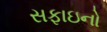
સફાઇનો